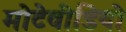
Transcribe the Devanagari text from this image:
मोटेवीडियो